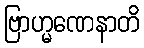
ဗြာဟ္မဏေနာတိ